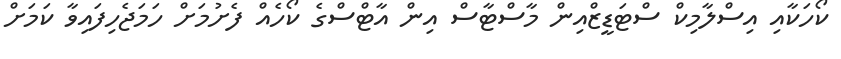
ކޯހަކާއި އިސްލާމިކް ސްޓަޑީޒްއިން މާސްޓާސް އިން އާޓްސްގެ ކޯހެއް ފެށުމަށް ހަމަޖެހިފައިވާ ކަމަށް